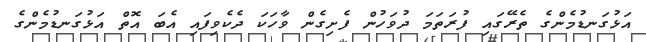
އަޅުގަނޑުމެންގެ ތެރޭގައި ފުރަތަމަ ދުވަހުން ފެށިގެން ވާހަކަ ދެކެވިފައި އެބަ އޮތް އަޅުގަނޑުމެންގެ